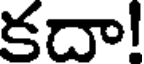
కదా!